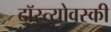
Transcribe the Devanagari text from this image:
दॉस्त्योवस्की